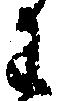
わ